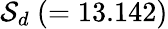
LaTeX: {\cal S}_{d}~(=13.142)